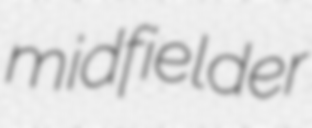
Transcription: midfielder